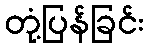
တုံ့ပြန်ခြင်း